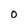
Character: O